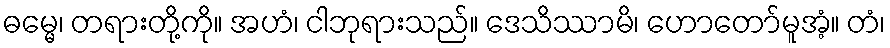
ဓမ္မေ၊ တရားတို့ကို။ အဟံ၊ ငါဘုရားသည်။ ဒေသိဿာမိ၊ ဟောတော်မူအံ့။ တံ၊